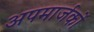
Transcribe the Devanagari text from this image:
अपमार्जकों